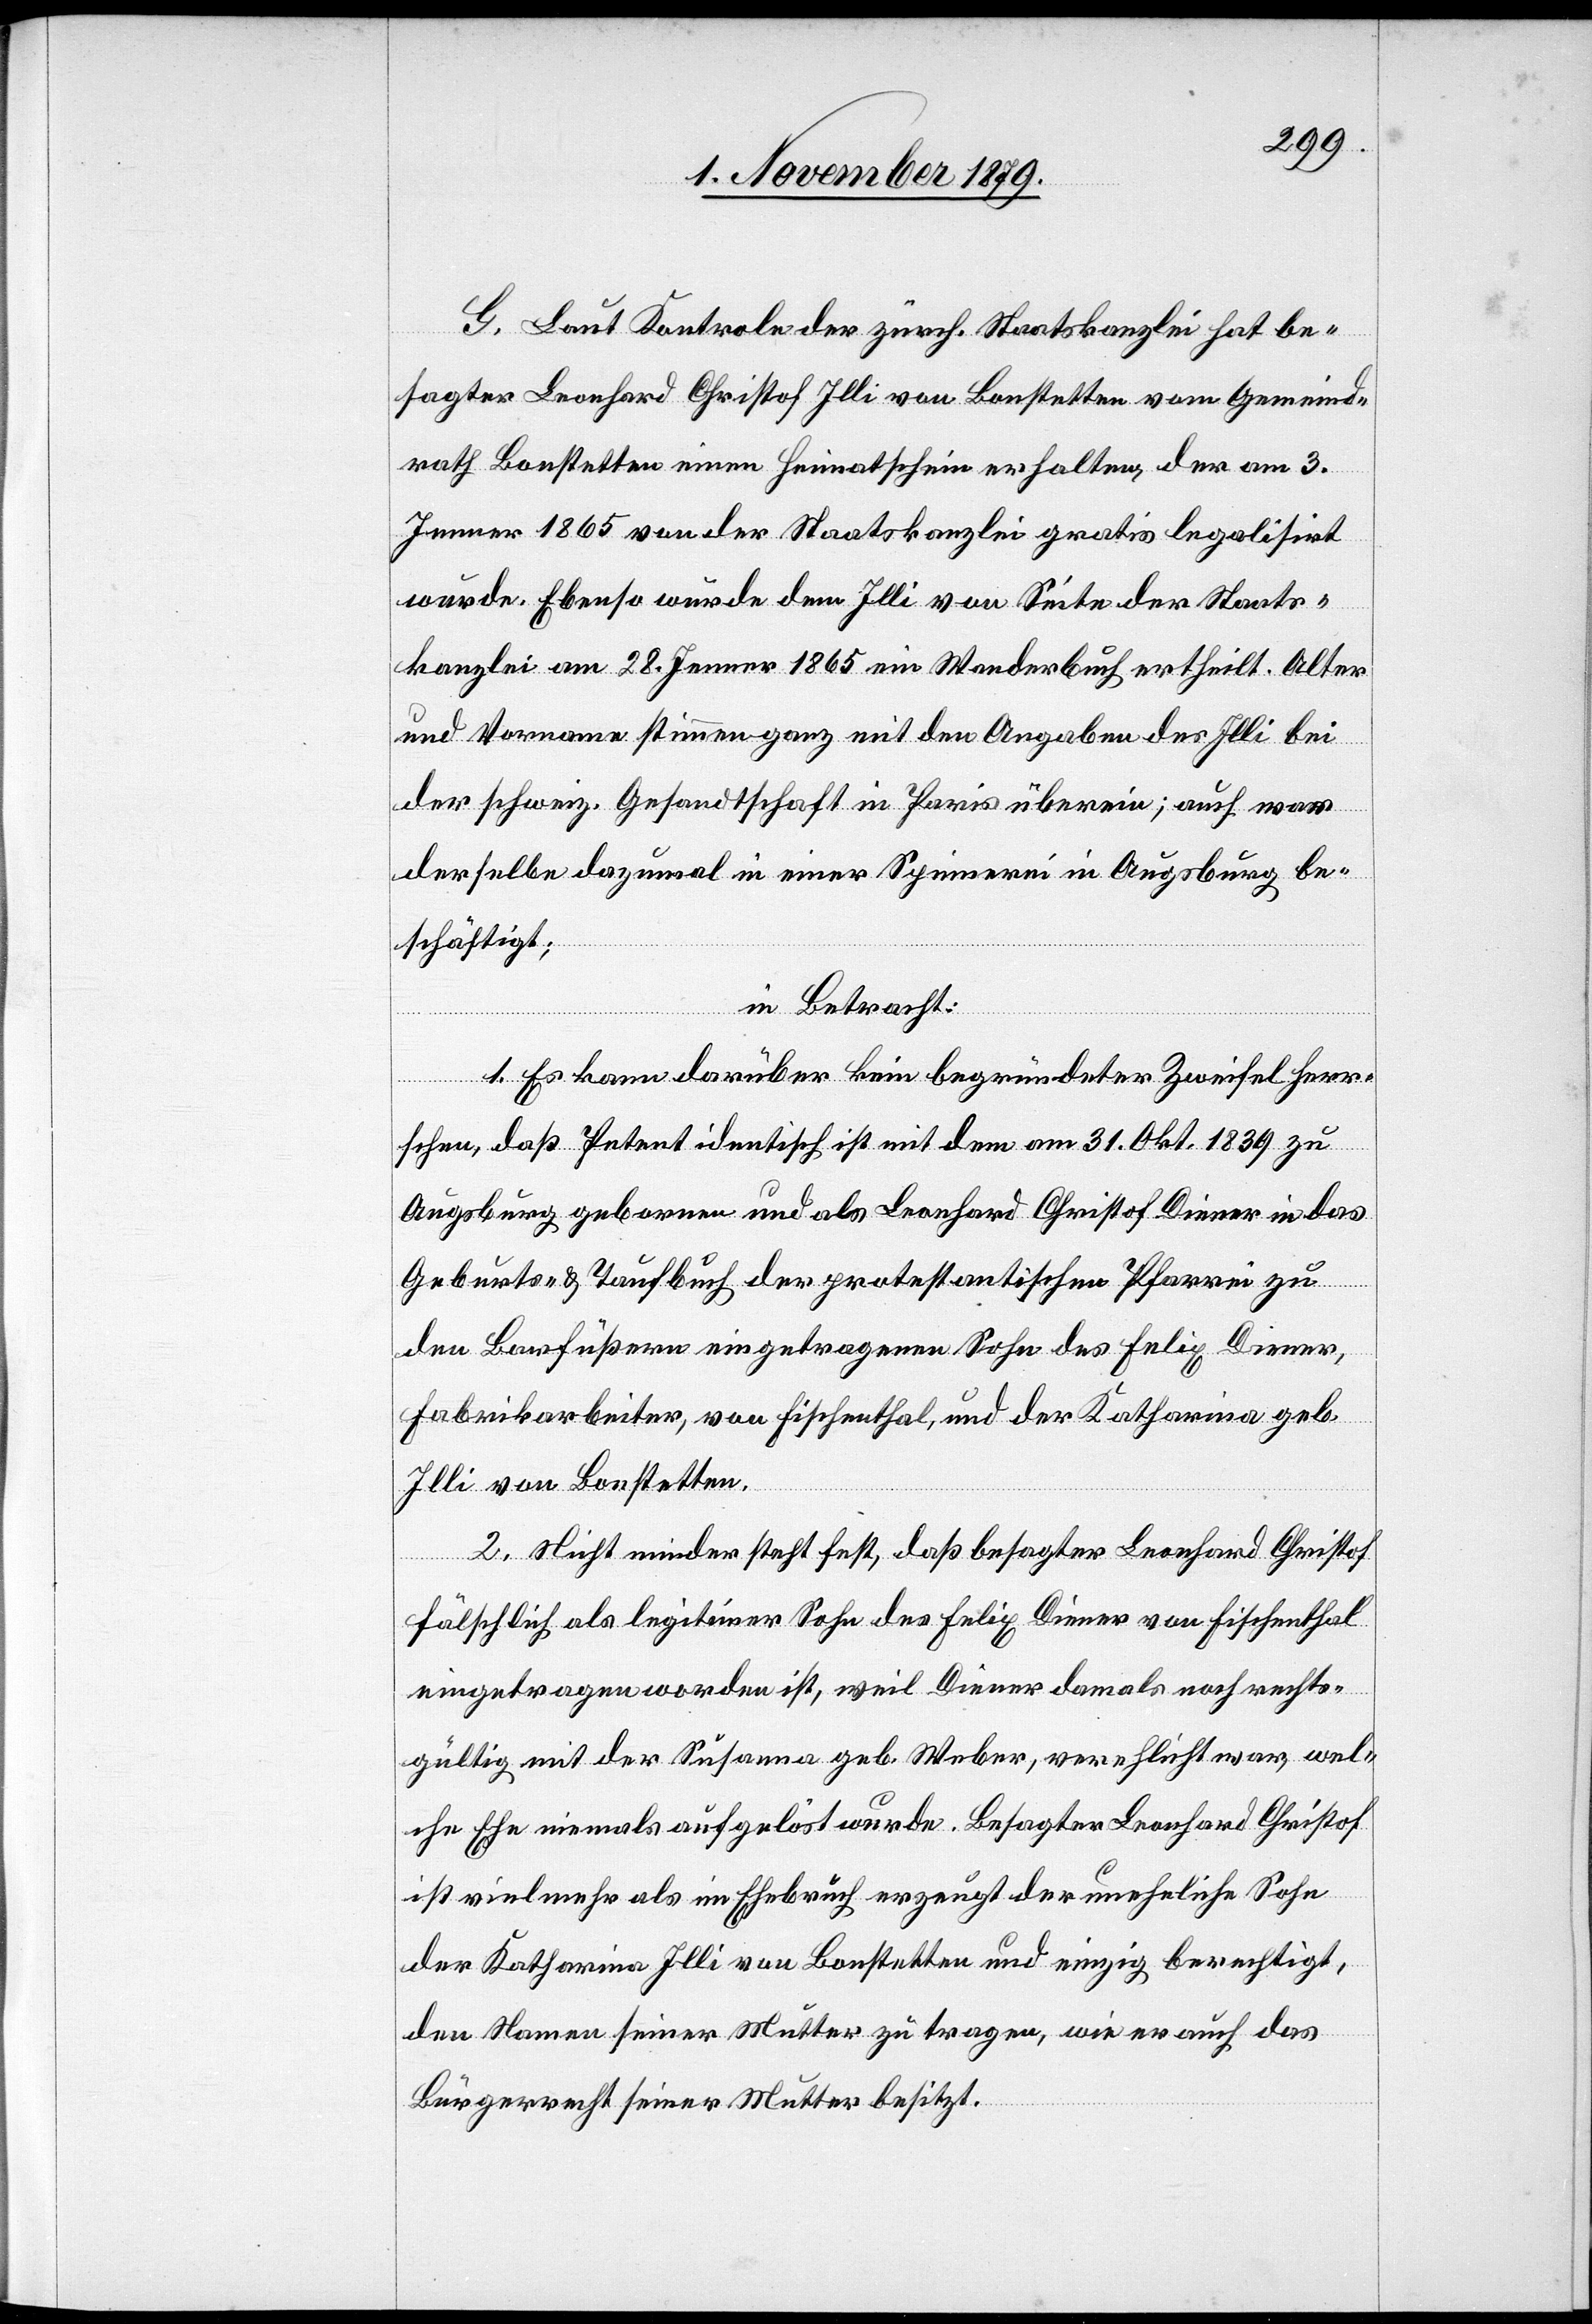
G. Laut Kontrole der zürch. Staatskanzlei hat be¬
sagter Leonhard Christof Illi von Bonstetten vom Gemeind¬
rath Bonstetten einen Heimatschein erhalten, der am 3.
Jenner 1865 von der Staatskanzlei gratis legalisirt
wurde. Ebenso wurde dem Illi von Seite der Staats¬
kanzlei am 28. Jenner 1865 ein Wanderbuch ertheilt. Alter
und Vorname stimmen ganz mit den Angaben des Illi bei
der schweiz. Gesandtschaft in Paris überein; auch war
derselbe dazumal in einer Spinnerei in Augsburg be¬
schäftigt;
in Betracht:
1. Es kann darüber kein begründeter Zweifel herr¬
schen, daß Petent identisch ist mit dem am 31. Okt. 1839 zu
Augsburg geboren und als Leonhard Christof Diener in das
Geburts- & Taufbuch der protestantischen Pfarrei zu
den Barfüßern eingetragene Sohn des Felix Diener,
Fabrikarbeiter, von Fischenthal, und der Katharina geb.
Illi von Bonstetten.
2. Nicht minder steht fest, daß besagter Leonhard Christof
fälschlich als legitimer Sohn des Felix Diener von Fischenthal
eingetragen worden ist, weil Diener damals noch rechts¬
gültig mit der Susanna geb. Weber, verehelicht war, wel¬
che Ehe niemals aufgelöst wurde. Besagter Leonhard Christof
ist vielmehr als im Ehebruch erzeugt der uneheliche Sohn
der Katharina Illi von Bonstetten und einzig berechtigt,
den Namen seiner Mutter zu tragen, wie er auch das
Bürgerrecht seiner Mutter besitzt.